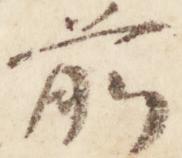
前